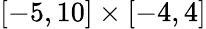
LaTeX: [-5,10]\times[-4,4]